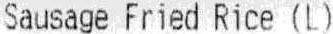
SAUSAGE FRIED RICE (L)